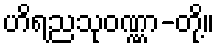
ဟိရညသုဝဏ္ဏာ-တို့။